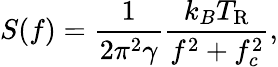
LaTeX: S(f)=\frac{1}{2\pi^{2}\gamma}\frac{k_{B}T_{\mathrm{R}}}{f^{2}+f_{c}^{2}},